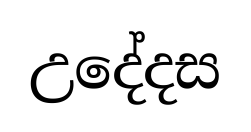
උදේදස